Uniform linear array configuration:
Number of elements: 4
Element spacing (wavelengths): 0.5
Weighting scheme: cosine
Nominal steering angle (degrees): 0
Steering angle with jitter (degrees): -1.302
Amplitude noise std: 0.05
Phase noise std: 0.05

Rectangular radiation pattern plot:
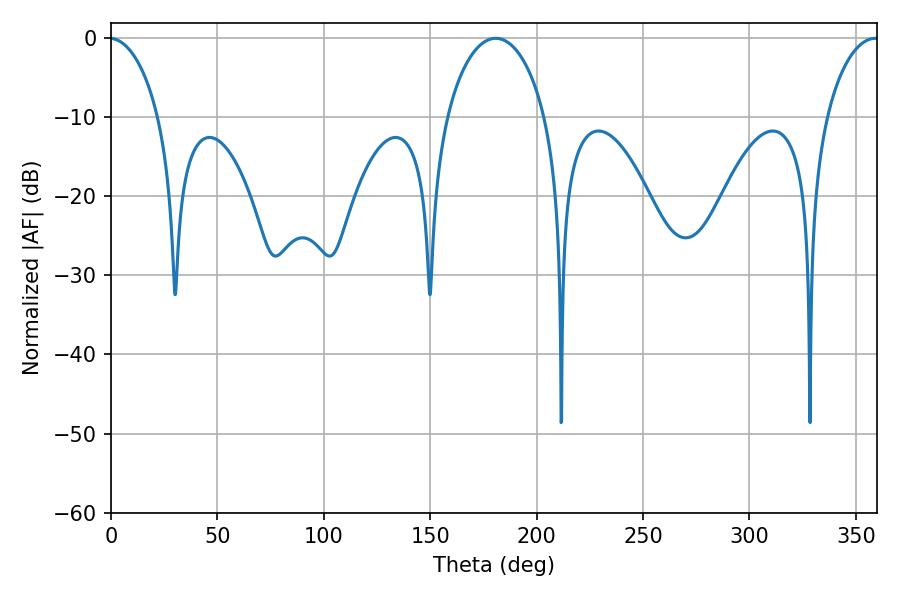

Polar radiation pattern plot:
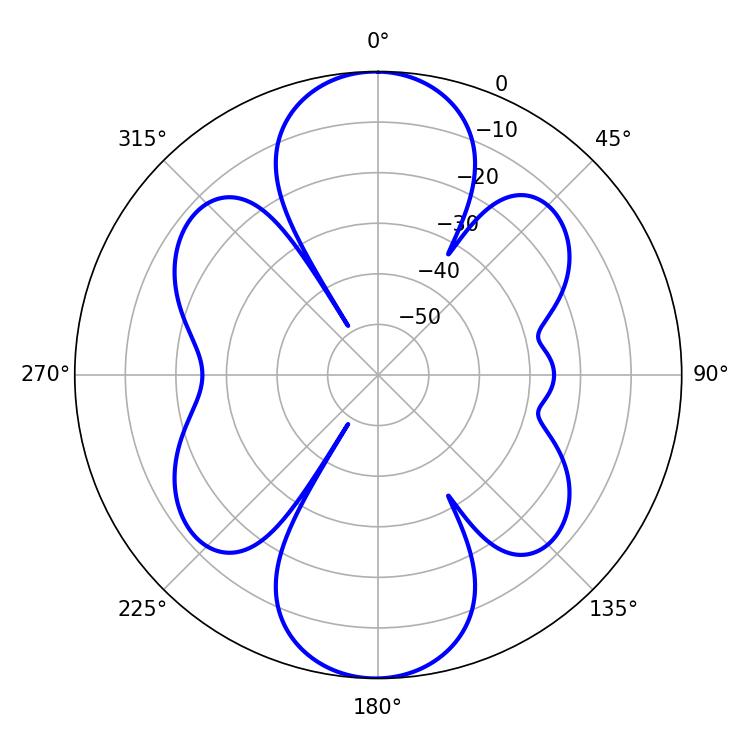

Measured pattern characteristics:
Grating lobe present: FALSE
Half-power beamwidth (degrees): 26.64
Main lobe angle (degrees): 180.72